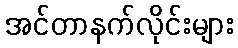
အင်တာနက်လိုင်းများ